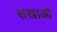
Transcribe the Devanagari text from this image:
सखाओ